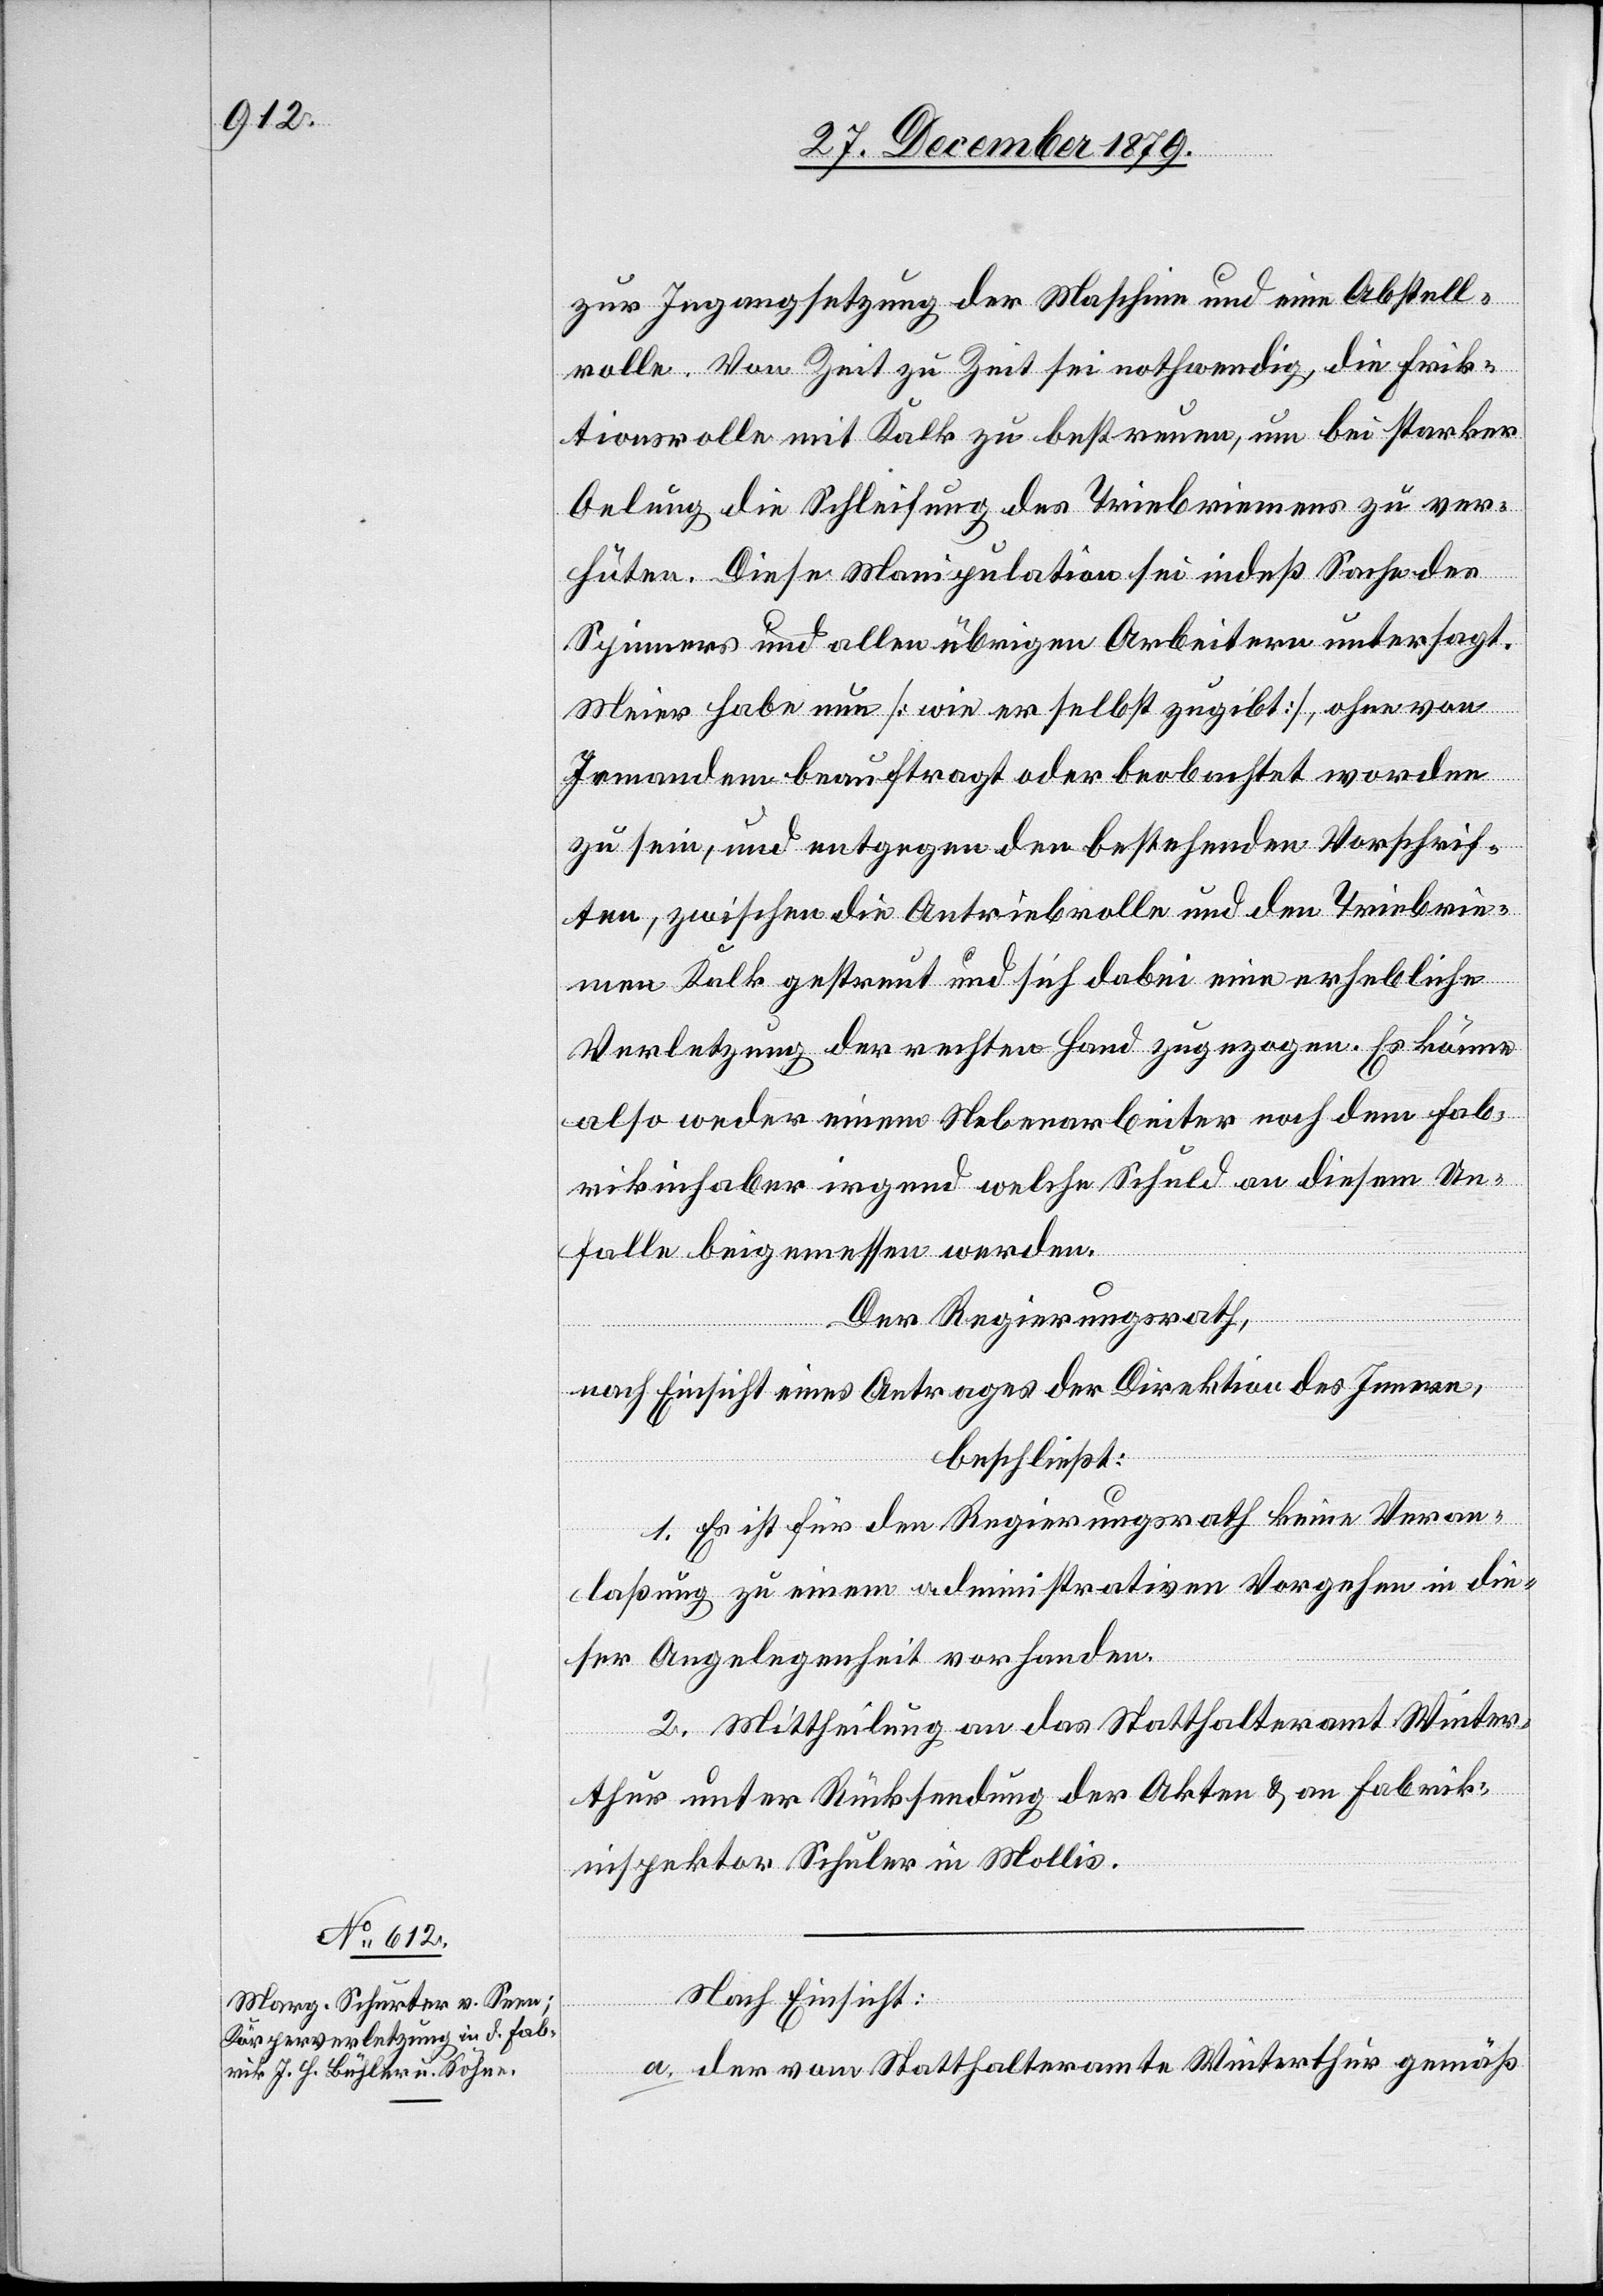
zur Ingangsetzung der Maschine und eine Abstell¬
rolle. Von Zeit zu Zeit sei nothwendig, die Frik¬
tionsrolle mit Kalk zu bestreuen, um bei starker
Oelung die Schleifung des Triebriemens zu ver¬
hüten. Diese Manipulation sei indeß Sache des
Spinners und allen übrigen Arbeitern untersagt.
Meier habe nun [wie er selbst zugibt], ohne von
Jemandem beauftragt oder beobachtet worden
zu sein, und entgegen den bestehenden Vorschrif¬
ten, zwischen die Antriebrolle und den Triebrie¬
men Kalk gestreut und sich dabei eine erhebliche
Verletzung der rechten Hand zugezogen. Es könne
also weder einem Nebenarbeiter noch dem Fab¬
rikinhaber irgend welche Schuld an diesem Un¬
falle beigemessen werden.
Der Regierungsrath,
nach Einsicht eines Antrages der Direktion des Innern,
beschließt:
1. Es ist für den Regierungsrath keine Veran¬
laßung zu einem administrativen Vorgehen in die¬
ser Angelegenheit vorhanden.
2. Mittheilung an das Statthalteramt Winter¬
thur unter Rücksendung der Akten & an Fabrik¬
inspektor Schuler in Mollis.
Nach Einsicht:
a. der vom Statthalteramte Winterthur gemäß